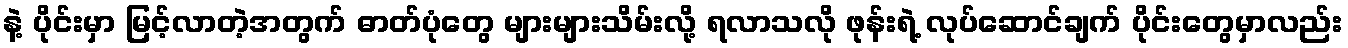
နဲ့ ပိုင်းမှာ မြင့်လာတဲ့အတွက် ဓာတ်ပုံတွေ များများသိမ်းလို့ ရလာသလို ဖုန်းရဲ့ လုပ်ဆောင်ချက် ပိုင်းတွေမှာလည်း